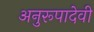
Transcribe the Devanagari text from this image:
अनुरूपादेवी